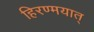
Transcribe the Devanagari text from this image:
हिरण्मयात्